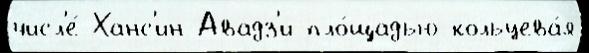
числ'е́ Ханс'ин-Авадз'и пло́щадью кольцева́я